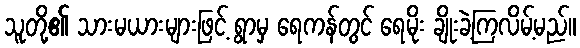
သူတို့၏ သားမယားများဖြင့် ရွာမှ ရေကန်တွင် ရေမိုး ချိုးခဲ့ကြလိမ့်မည်။